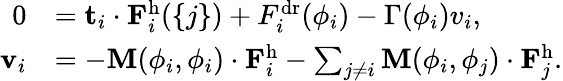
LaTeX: \begin{array}{rl}{0}&{=\mathbf{t}_{i}\cdot\mathbf{F}_{i}^{\mathrm{h}}(\left\{ j\right\} )+F_{i}^{\mathrm{dr}}(\phi_{i})-\Gamma(\phi_{i})v_{i},}\\ {\mathbf{v}_{i}}&{=-\mathbf{M}(\phi_{i},\phi_{i})\cdot\mathbf{F}_{i}^{\mathrm{h}}-\sum_{j\ne i}\mathbf{M}(\phi_{i},\phi_{j})\cdot\mathbf{F}_{j}^{\mathrm{h}}.}\end{array}